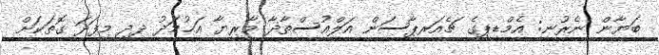
ބަޔާން ނެރުނީ: އެމްޑީޕީގެ ޗެއަރޕާސަން އަލްއުސްތާޛާ މާރިޔާ އަޙުމަދު ދީދީ މިފަދަ ގޮތަކަށް